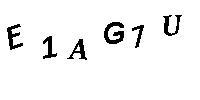
E1AG7U